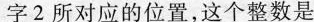
字2所对应的位置，这个整数是